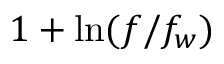
1 + \ln ( f / f _ { w } )